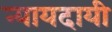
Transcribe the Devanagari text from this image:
न्यायदायी